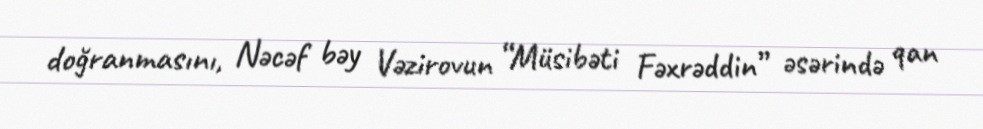
doğranmasını, Nəcəf bəy Vəzirovun “Müsibəti Fəxrəddin” əsərində qan